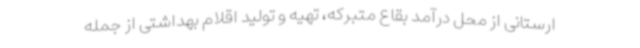
ارستانی از محل درآمد بقاع متبرکه، تهیه و تولید اقلام بهداشتی از جمله